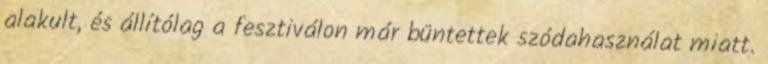
alakult, és állítólag a fesztiválon már büntettek szódahasználat miatt.